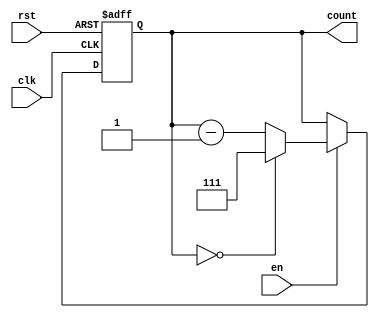
module binary_down_counter #(
    parameter N = 3 // Parameter to define the bit width of the counter
)(
    input wire clk,      // Clock input
    input wire rst,      // Asynchronous reset input
    input wire en,       // Enable input
    output reg [N-1:0] count // Counter output
);

    // Maximum value for the counter (2^N - 1)
    localparam MAX_COUNT = (1 << N) - 1;

    // Sequential logic for the counter
    always @(posedge clk or posedge rst) begin
        if (rst) begin
            count <= MAX_COUNT; // Reset to maximum value
        end else if (en) begin
            if (count == 0) begin
                count <= MAX_COUNT; // Wrap around to maximum value
            end else begin
                count <= count - 1; // Decrement the counter
            end
        end
        // If enable is low, the counter retains its current value
    end

endmodule